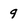
Character: 9